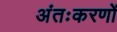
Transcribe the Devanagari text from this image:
अंतःकरणों